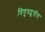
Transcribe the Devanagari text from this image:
विषुवद्वृत्तीय